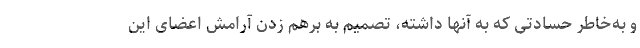
و به‌خاطر حسادتی که به آنها داشته، تصمیم به برهم زدن آرامش اعضای این